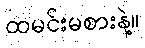
ထမင်းမစားနဲ့။